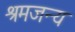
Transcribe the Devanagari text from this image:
श्रमजन्य